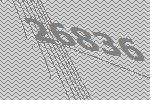
26836